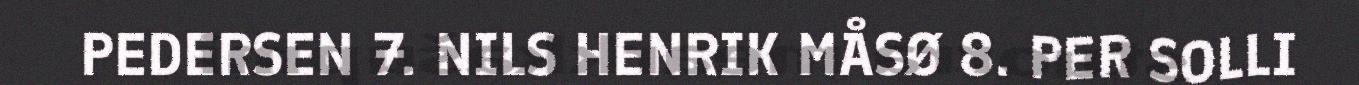
PEDERSEN 7. NILS HENRIK MÅSØ 8. PER SOLLI